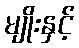
မျိုးနှင့်